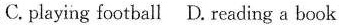
C.playing football D.reading a book